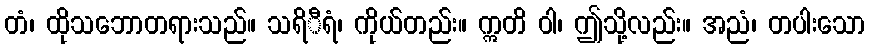
တံ၊ ထိုသဘောတရားသည်။ သရိီရံ၊ ကိုယ်တည်း။ ဣတိ ဝါ၊ ဤသို့လည်း။ အညံ၊ တပါးသော